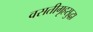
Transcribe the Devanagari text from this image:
वसतीगृहसुद्धा